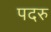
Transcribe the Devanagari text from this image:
पदरु